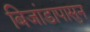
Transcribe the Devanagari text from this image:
बिजांडापासुन